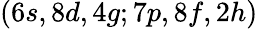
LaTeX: (6s,8d,4g;7p,8f,2h)